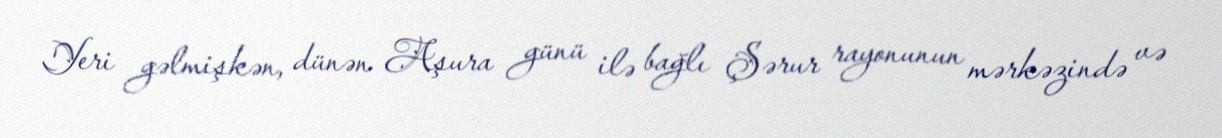
Yeri gəlmişkən, dünən Aşura günü ilə bağlı Şərur rayonunun mərkəzində və